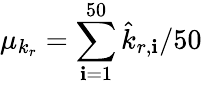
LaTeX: \mu_{k_{r}}=\sum_{\mathbf{i}=1}^{50}\hat{{k}}_{r,\mathbf{i}}/50